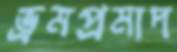
ভ্রমপ্রমাদ